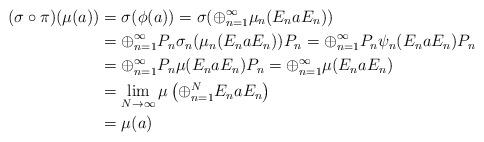
LaTeX: \begin{align*}(\sigma \circ\pi )(\mu(a))&=\sigma(\phi(a))=\sigma(\oplus_{n=1}^\infty \mu_n(E_na E_n))\\&=\oplus_{n=1}^\infty P_n \sigma_n ( \mu_n(E_na E_n))P_n=\oplus_{n=1}^\infty P_n \psi_n(E_na E_n)P_n\\&=\oplus_{n=1}^\infty P_n \mu(E_na E_n)P_n=\oplus_{n=1}^\infty \mu(E_na E_n)\\&=\lim_{N\to\infty} \mu\left( \oplus_{n=1}^N E_n a E_n\right)\\&=\mu(a)\end{align*}